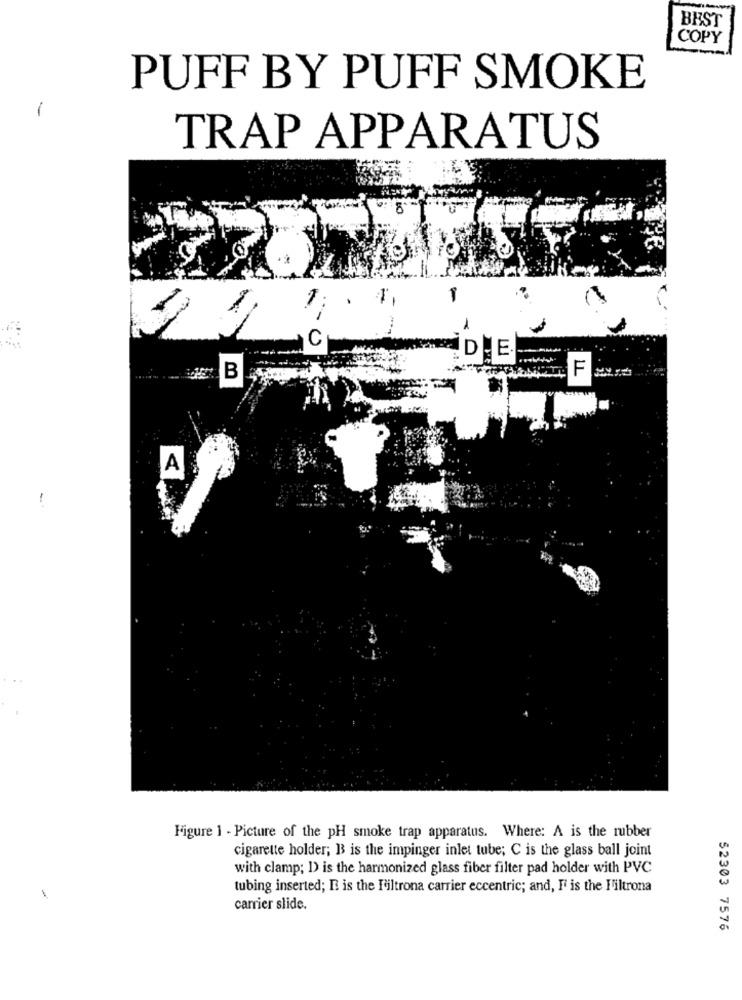
BEST
COPY
PUFF BY PUFF SMOKE
-
TRAP APPARATUS
-
C
IDE
B
F
A
-
Figure 1 - Picture of the pH smoke trap apparatus. Where: A is the rubber
cigarette holder; B is the impinger inlet tube; C is the glass ball joint
with clamp; I) is the harmonized glass fiber filter pad holder with PVC
tubing inserted; R is the Filtrona carrier eccentric; and, F is the Filtrona
carrier slide.
52303 7576